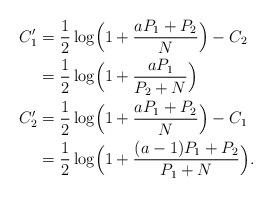
LaTeX: \begin{align*}C'_1&= \frac{1}{2}\log\Bigl(1+\frac{aP_1+P_2}{N}\Bigr) - C_2\\&= \frac{1}{2}\log\Bigl(1+\frac{a P_1}{P_2+N}\Bigr) \\C'_2&= \frac{1}{2}\log\Bigl(1+\frac{aP_1+P_2}{N}\Bigr) - C_1 \\&= \frac{1}{2}\log\Bigl(1+\frac{(a-1)P_1+P_2}{P_1+N}\Bigr).\end{align*}